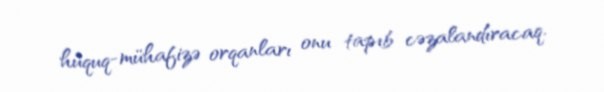
hüquq-mühafizə orqanları onu tapıb cəzalandıracaq.